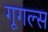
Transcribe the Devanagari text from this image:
गूगल्स